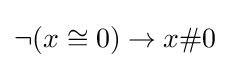
\neg (x\cong 0)\to x\#0